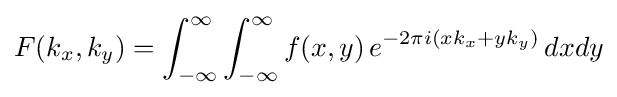
F(k_{x},k_{y})=\int _{-\infty }^{\infty }\int _{-\infty }^{\infty }f(x,y)\,e^{-2\pi i(xk_{x}+yk_{y})}\,dxdy